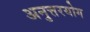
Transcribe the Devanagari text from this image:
अनुत्तरयोग